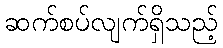
ဆက်စပ်လျက်ရှိသည့်